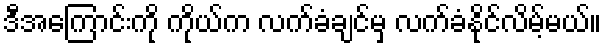
ဒီအကြောင်းကို ကိုယ်က လက်ခံချင်မှ လက်ခံနိုင်လိမ့်မယ်။